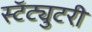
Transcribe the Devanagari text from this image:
स्टॅट्युटरी